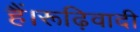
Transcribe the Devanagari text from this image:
हैं।रूढ़िवादी